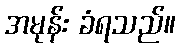
အမုန်း ခံရသည်။